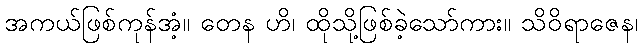
အကယ်ဖြစ်ကုန်အံ့။ တေန ဟိ၊ ထိုသို့ဖြစ်ခဲ့သော်ကား။ သိဝိရာဇေန၊